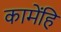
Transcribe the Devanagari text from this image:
कामेंहि